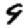
Digit: 9